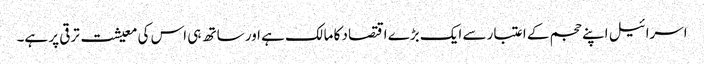
اسرائیل اپنے حجم کے اعتبار سے ایک بڑے اقتصاد کا مالک ہے اور ساتھ ہی اس کی معیشت ترقی پر ہے۔